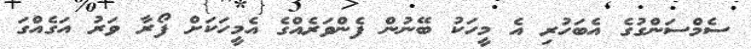
ސެމްސަންގުގެ އެބަހުރި އެ މީހަކު ބޭނުން ފެންވަރެއްގެ އެމީހަކަށް ފޯރާ ވަރު އަގެއްގަ